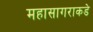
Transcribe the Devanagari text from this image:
महासागराकडे